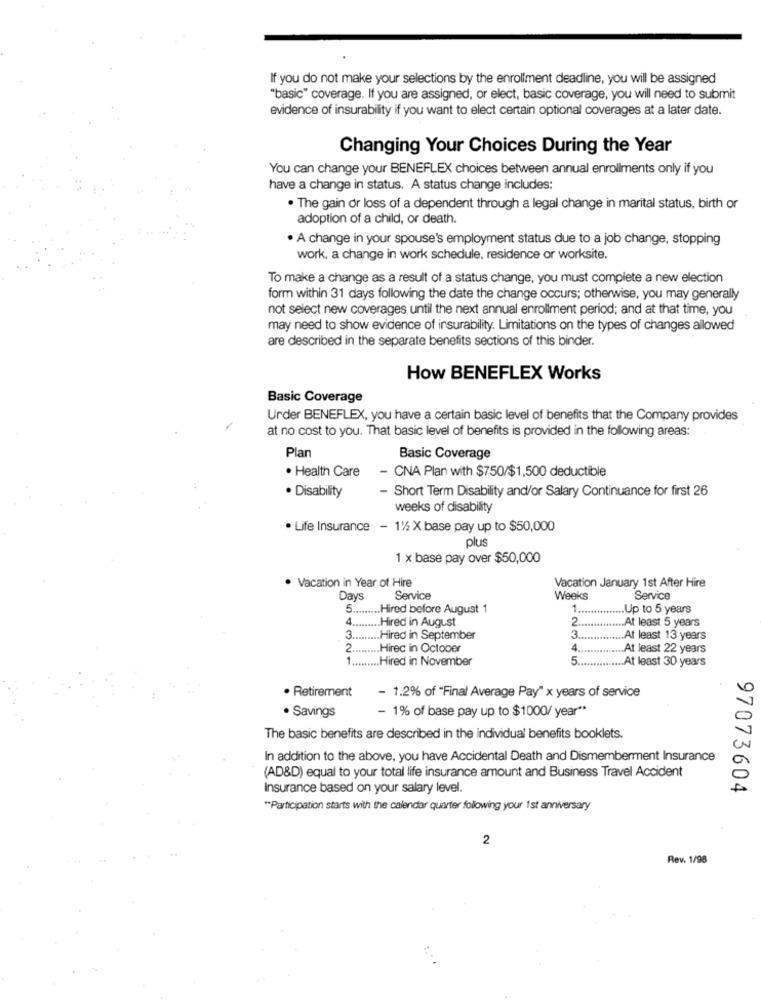
If you do not make your selections by the enrollment deadline, you will be assigned
"basic" coverage. If you are assigned, or elect, basic coverage, you will need to submit
evidence of insurability if you want to elect certain optional coverages at a later date.
Changing Your Choices During the Year
You can change your BENEFLEX choices between annual enrollments only if you
have a change in status. A status change includes:
. The gain or loss of a dependent through a legal change in marital status, birth or
adoption of a child, or death.
· A change in your spouse's employment status due to a job change, stopping
work, a change in work schedule, residence or worksite.
To make a change as a result of a status change, you must complete a new election
form within 31 days following the date the change occurs; otherwise, you may generally
not select new coverages until the next annual enrollment period; and at that time, you
may need to show evidence of insurability. Limitations on the types of changes allowed
are described in the separate benefits sections of this binder.
How BENEFLEX Works
Basic Coverage
Urder BENEFLEX, you have a certain basic level of benefits that the Company provides
at no cost to you. That basic level of benefits is provided in the following areas:
Plan
Basic Coverage
. Health Care
- CNA Plan with $750/$1,500 deductible
- Short Term Disability and/or Salary Continuance for first 26
· Disability
weeks of disability
· Life Insurance - 11/2 X base pay up to $50,000
plus
1 x base pay over $50,000
· Vacation in Year of Hire
Vacation January 1st After Hire
Days
Service
Weeks
Service
5 ......... Hired before August 1
1.
... Up to 5 years
4 ......... Hired in August
2 ....
At least 5 years
3.
.. Hired in September
3
.At least 13 years
2.
... Hirec in October
4
At least 22 years
1 ...
Hired in November
5
.. At least 30 years
· Retirement
- 1.2% of "Final Average Pay" x years of service
Savings
- 1% of base pay up to $1000/ year **
The basic benefits are described in the individual benefits booklets.
In addition to the above, you have Accidental Death and Dismemberment Insurance
(AD&D) equal to your total life insurance amount and Business Travel Accident
Insurance based on your salary level.
97073604
"Participation starts with the calendar quarter following your 1st anniversary
2
Rev. 1/98